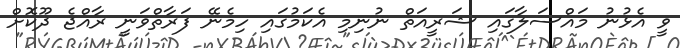
ވީ އެޅުނު މައްސަލާގައި ޝަރީއަތް ނުނިމި އެކަމުގައި ހިމެނޭ ފަރާތްވަނީ ރާއްޖެ ދޫކޮށް